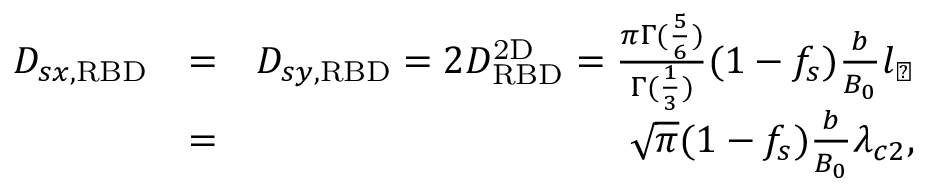
\begin{array} { r l r } { D _ { s x , \mathrm { R B D } } } & { = } & { D _ { s y , \mathrm { R B D } } = 2 D _ { \mathrm { R B D } } ^ { \mathrm { 2 D } } = \frac { \pi \Gamma ( \frac { 5 } { 6 } ) } { \Gamma ( \frac { 1 } { 3 } ) } ( 1 - f _ { s } ) \frac { b } { B _ { 0 } } l _ { \perp } } \\ & { = } & { \sqrt { \pi } ( 1 - f _ { s } ) \frac { b } { B _ { 0 } } \lambda _ { c 2 } , } \end{array}